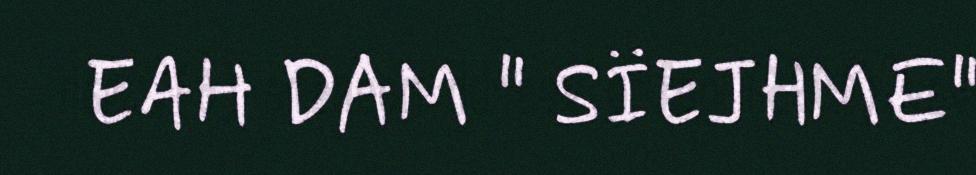
EAH DAM " SÏEJHME"